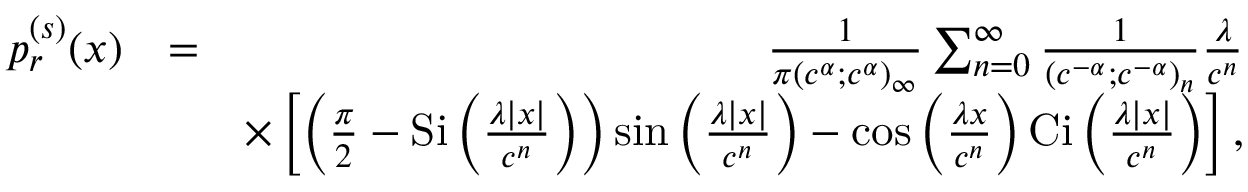
\begin{array} { r l r } { p _ { r } ^ { ( s ) } ( x ) } & { = } & { \frac { 1 } { \pi ( c ^ { \alpha } ; c ^ { \alpha } ) _ { \infty } } \sum _ { n = 0 } ^ { \infty } \frac { 1 } { ( c ^ { - \alpha } ; c ^ { - \alpha } ) _ { n } } \frac { \lambda } { c ^ { n } } } \\ & { } & { \times \left[ \left( \frac { \pi } { 2 } - \mathrm { S i } \left( \frac { \lambda | x | } { c ^ { n } } \right) \right) \sin \left( \frac { \lambda | x | } { c ^ { n } } \right) - \cos \left( \frac { \lambda x } { c ^ { n } } \right) \mathrm { C i } \left( \frac { \lambda | x | } { c ^ { n } } \right) \right] , } \end{array}